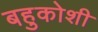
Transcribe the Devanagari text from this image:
बहुकोशी